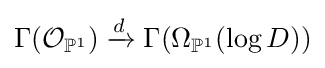
\Gamma ({\mathcal {O}}_{\mathbb {P} ^{1}})\xrightarrow {d} \Gamma (\Omega _{\mathbb {P} ^{1}}(\log D))